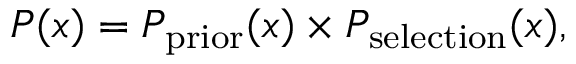
P ( x ) = P _ { \mathrm { p r i o r } } ( x ) \times P _ { \mathrm { s e l e c t i o n } } ( x ) ,